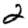
Digit: 2